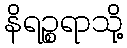
နိရဉ္စရာသို့